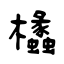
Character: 欚